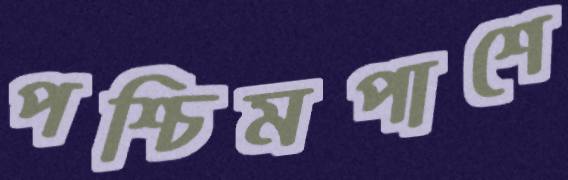
পশ্চিমপাশে